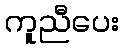
ကူညီပေး